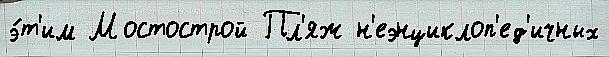
э́т'им Мостострой Пл'яж н'еэнциклоп'ед'ичных